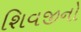
શિવજીનો